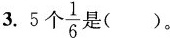
3.5个 \frac{1}{6}是()。